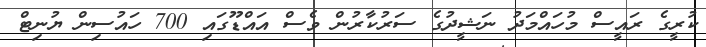
ކުރީގެ ރައީސް މުހައްމަދު ނަޝީދުގެ ސަރުކާރުން ވެސް އައްޑޫގައި 700 ހައުސިން ޔުނިޓް